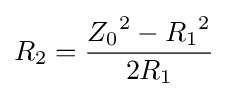
R_{2}={\frac {{Z_{0}}^{2}-{R_{1}}^{2}}{2R_{1}}}